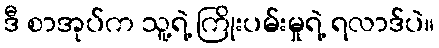
ဒီ စာအုပ်က သူ့ရဲ့ ကြိုးပမ်းမှုရဲ့ ရလာဒ်ပဲ။